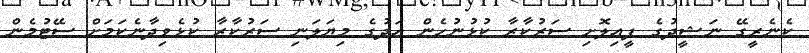
ކެނެރީގޭ ނަޝީދުގެ ފީއިލޮށި ސަރުކާރާ ކުޅުނުހެން އަދުގެ މިޔަލަނި ސަރުކާރާ ކުޅެވިދާނެކަމަށް ސޭޓުމެން